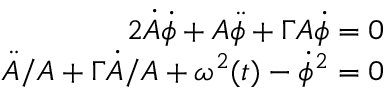
\begin{array} { r } { 2 \dot { A } \dot { \phi } + A \ddot { \phi } + \Gamma A \dot { \phi } = 0 } \\ { \ddot { A } / A + \Gamma \dot { A } / A + \omega ^ { 2 } ( t ) - \dot { \phi } ^ { 2 } = 0 } \end{array}